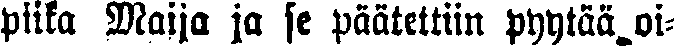
piika Maija ja se päätettiin pyytää oi-